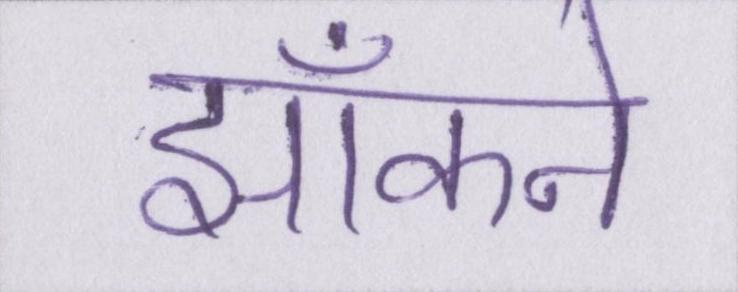
झाँकने